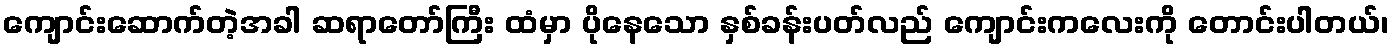
ကျောင်းဆောက်တဲ့အခါ ဆရာတော်ကြီး ထံမှာ ပိုနေသော နှစ်ခန်းပတ်လည် ကျောင်းကလေးကို တောင်းပါတယ်၊